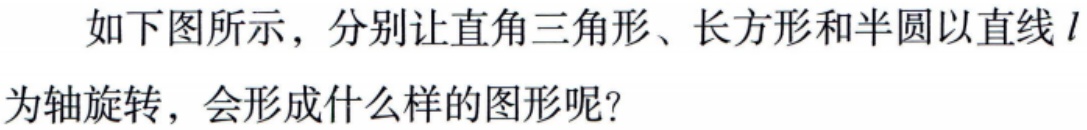
如下图所示，分别让直角三角形、长方形和半圆以直线\(l\)为轴旋转，会形成什么样的图形呢？